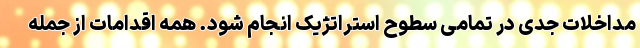
مداخلات جدی در تمامی سطوح استراتژیک انجام شود. همه اقدامات از جمله